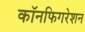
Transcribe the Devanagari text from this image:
कॉनफिगरेशन